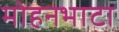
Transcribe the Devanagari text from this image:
मोहनभाटा